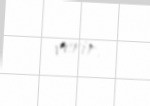
verir.